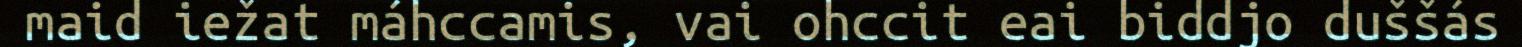
maid iežat máhccamis, vai ohccit eai biddjo duššás